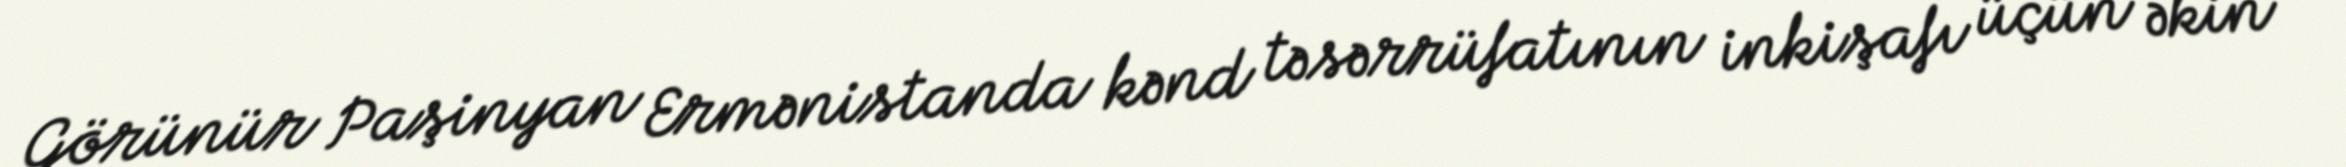
Görünür Paşinyan Ermənistanda kənd təsərrüfatının inkişafı üçün əkin